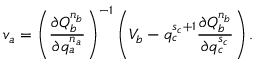
v _ { a } = \left( \frac { \partial Q _ { b } ^ { n _ { b } } } { \partial q _ { a } ^ { n _ { a } } } \right) ^ { - 1 } \left( V _ { b } - q _ { c } ^ { s _ { c } + 1 } \frac { \partial Q _ { b } ^ { n _ { b } } } { \partial q _ { c } ^ { s _ { c } } } \right) .